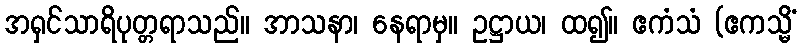
အရှင်သာရိပုတ္တရာသည်။ အာသနာ၊ နေရာမှ။ ဥဋ္ဌာယ၊ ထ၍။ ဧကံသံ (ဧကသ္မိံ